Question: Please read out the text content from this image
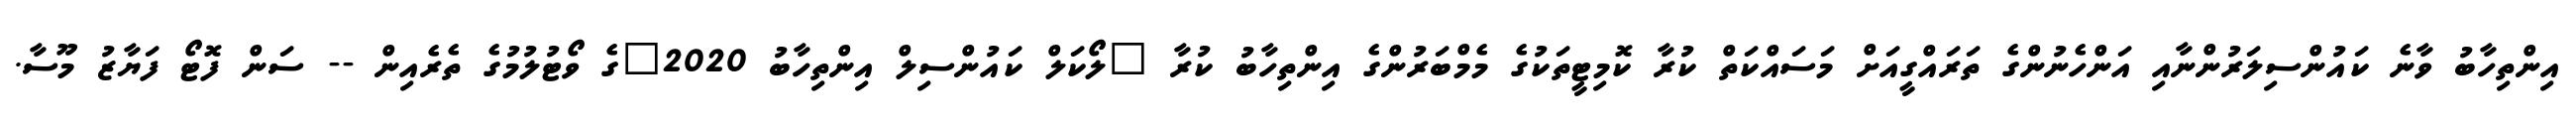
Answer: އިންތިހާބު ވާނެ ކައުންސިލަރުންނާއި އަންހެނުންގެ ތަރައްގީއަށް މަސައްކަތް ކުރާ ކޮމިޓީތަކުގެ މެމްބަރުންގެ އިންތިހާބު ކުރާ "ލޯކަލް ކައުންސިލް އިންތިހާބު 2020"ގެ ވޯޓުލުމުގެ ތެރެއިން -- ސަން ފޮޓޯ ފަޔާޒު މޫސާ.